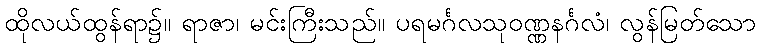
ထိုလယ်ထွန်ရာ၌။ ရာဇာ၊ မင်းကြီးသည်။ ပရမင်္ဂလသုဝဏ္ဏနင်္ဂလံ၊ လွန်မြတ်သော